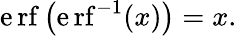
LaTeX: \operatorname{\mathrm{e}rf}\left(\operatorname{\mathrm{e}rf}^{-1}(x)\right)=x.